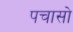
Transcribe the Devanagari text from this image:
पचासो